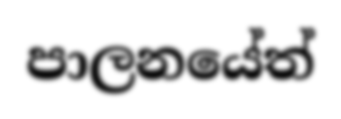
පාලනයේත්